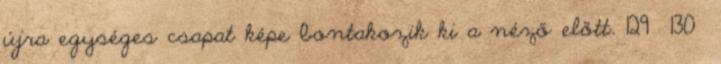
újra egységes csapat képe bontakozik ki a néző előtt. 129 130